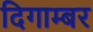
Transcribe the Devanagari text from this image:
दिगाम्बर